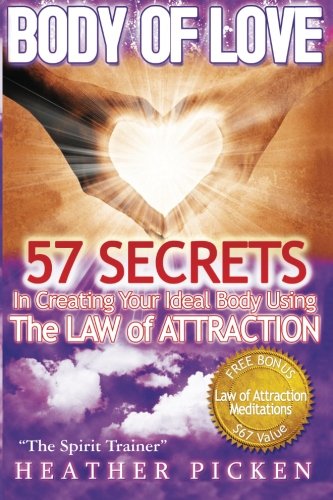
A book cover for Body of Love: 57 Secrets In Creating Your Ideal Body Using The Law of Attraction; Heather Picken; Health, Fitness & Dieting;